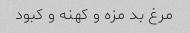
مرغ بد مزه و کهنه و کبود